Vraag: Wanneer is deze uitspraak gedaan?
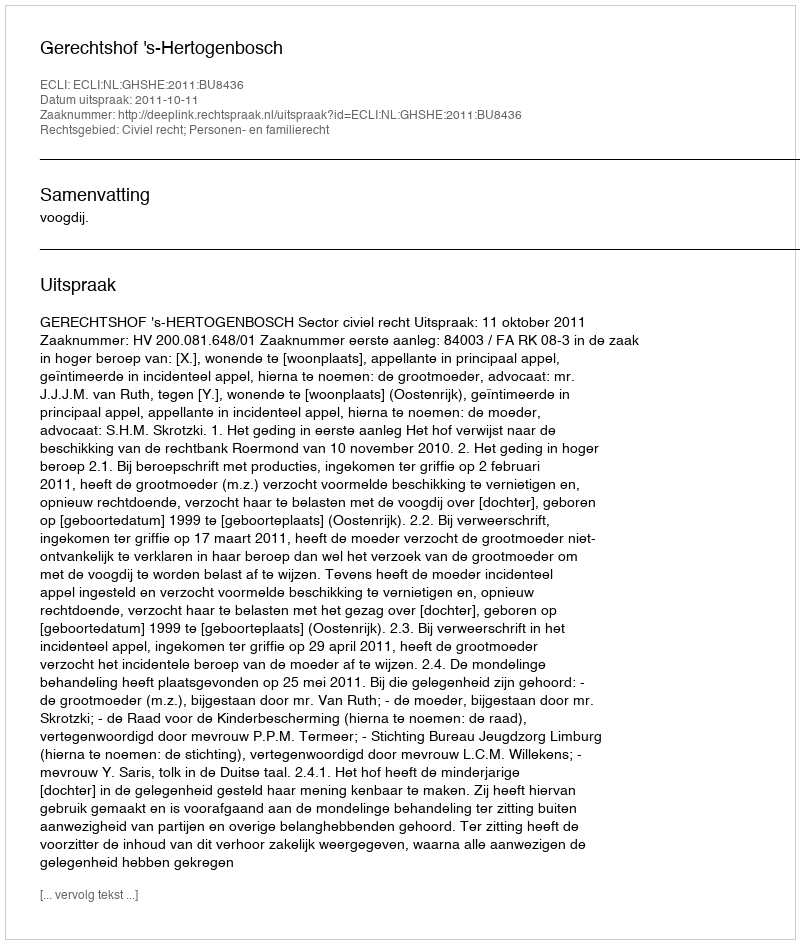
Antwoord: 2011-10-11